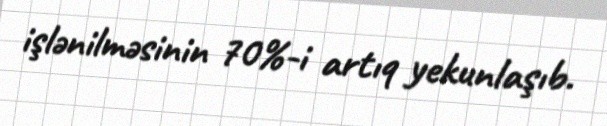
işlənilməsinin 70%-i artıq yekunlaşıb.